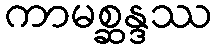
ကာမစ္ဆန္ဒဿ